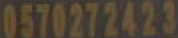
0570272423